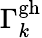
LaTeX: \Gamma_{k}^{\mathrm{gh}}